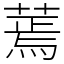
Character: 蔫